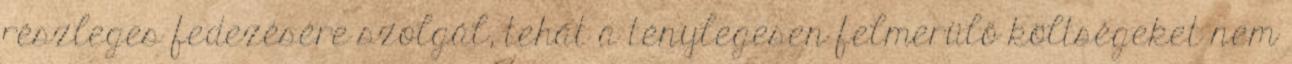
részleges fedezésére szolgál, tehát a ténylegesen felmerülő költségeket nem